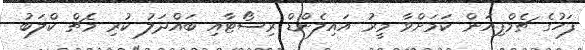
ފަހުގެ ޗެމްޕިއަން ކަމަށްވާ މީރު އައިލެންޑް ރިސޯޓާއި ބައްދަލު ކުރި މެޗް ކްލަބު